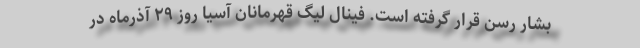
بشار رسن قرار گرفته است. فینال لیگ قهرمانان آسیا روز ۲۹ آذرماه در